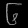
Digit: ၆